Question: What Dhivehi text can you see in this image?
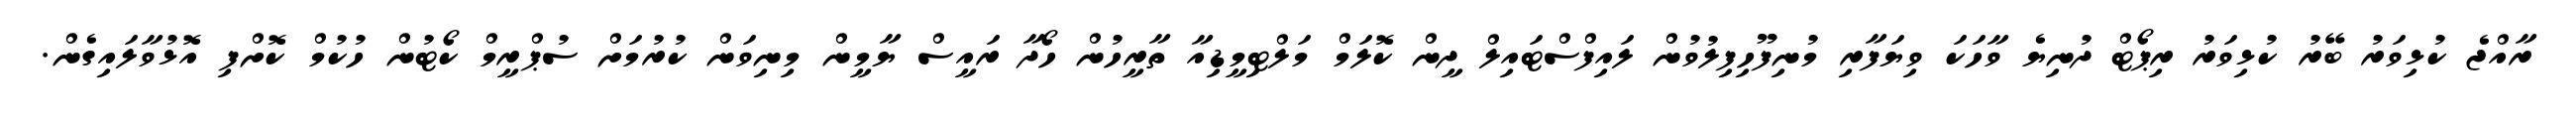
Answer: ރާއްޖެ ކުޅިވަރު ބޭރު ކުޅިވަރު ރިޕޯޓް ދުނިޔެ ވާހަކަ ވިޔަފާރި މުނިފޫހިފިލުވުން ލައިފްސްޓައިލް ދީން ކޮލަމް މަލްޓިމީޑިއާ ތާރީހުން ހޯދާ ރައީސް ޔާމީން މިނިވަން ކުރުމަށް ސުޕްރީމް ކޯޓުން ހުކުމް ކޮށްފި އޮޅުވާލައިގެން.